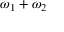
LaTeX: \omega _ { 1 } + \omega _ { 2 }